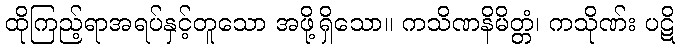
ထိုကြည့်ရာအရပ်နှင့်တူသော အဖို့ရှိသော။ ကသိဏနိမိတ္တံ၊ ကသိုဏ်း ပဋိ